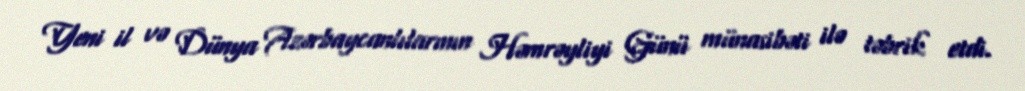
Yeni il və Dünya Azərbaycanlılarının Həmrəyliyi Günü münasibəti ilə təbrik etdi.